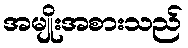
အမျိုးအစားသည်